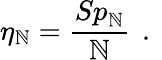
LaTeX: \eta_{\mathbb{N}}=\frac{{{Sp}_{\mathbb{N}}}}{{\mathbb{N}}}\, \mathrm{{~.~}}